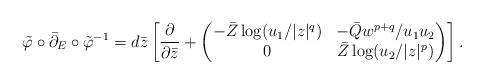
\begin{align*}\tilde\varphi\circ\bar\partial_E\circ\tilde\varphi^{-1} = d\bar z\left[\frac{\partial}{\partial\bar z} +\begin{pmatrix} -\bar Z\log (u_1/|z|^{q}) & -\bar Qw^{p+q}/u_1u_2 \\ 0 & \bar Z\log(u_2/|z|^{p}) \end{pmatrix} \right].\end{align*}